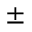
\pm